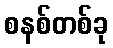
စနစ်တစ်ခု